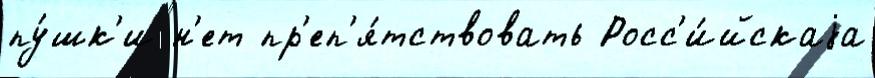
пу́шк'и н'ет пр'еп'я́тствовать Росс'и́йскаjа